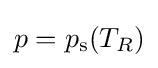
p=p_{\text{s}}(T_{R})